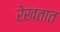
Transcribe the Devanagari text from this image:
रेखतात